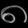
Digit: ၈